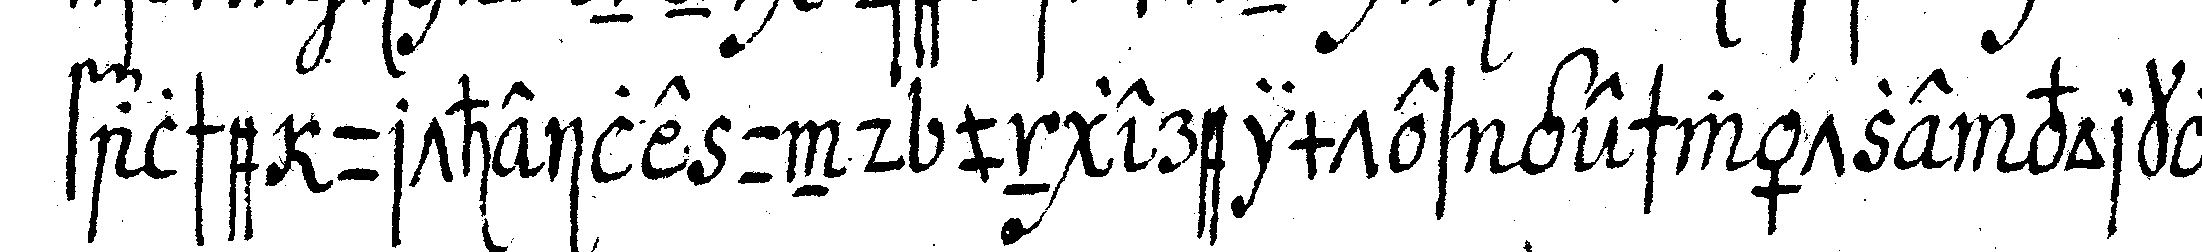
falsche urtheile und ungereimtes geschwätze vorkomm